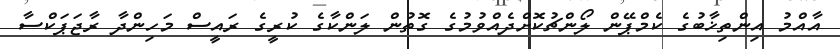
އާއްމު އިންތިޚާބުގެ ކެމްޕޭން ލޯންޗުކޮށްދެއްވުމުގެ ގޮތުން ލަންކާގެ ކުރީގެ ރައީސް މަހިންދާ ރާޖަޕަކްސާ